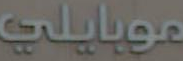
موبايلي